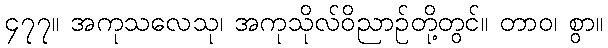
၄၇၇။ အကုသလေသု၊ အကုသိုလ်ဝိညာဉ်တို့တွင်။ တာဝ၊ စွာ။